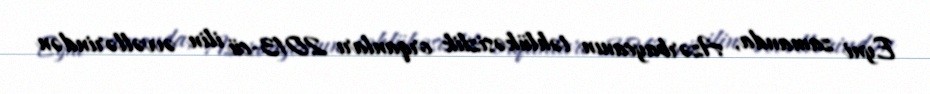
Eyni zamanda, Azərbaycanın təhlükəsizlik orqanları 2013-cü ilin əvvəllərindən